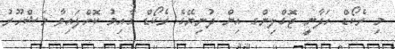
މި ރެކޯޑް ހަދާނީ ޖޮގްލިންގ އިން ދުނިޔޭގެ ރެކޯޑް ގާއިމު ކޮށްފައިވާ މަޝްހޫރު